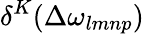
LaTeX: \delta^{K}(\Delta\omega_{lmnp})